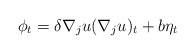
\begin{align*}\phi_t = \delta \nabla_{j} u (\nabla_{j} u)_t + b \eta_t\end{align*}